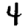
Digit: 4